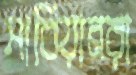
সার্বিয়ানরা